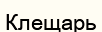
Клещарь